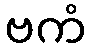
ဗကံ